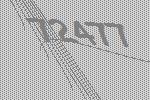
72477